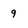
Character: 9